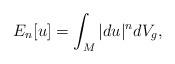
LaTeX: \begin{align*}E_n[u]= \int_M |du|^n dV_g,\end{align*}